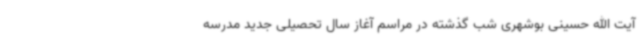
آیت الله حسینی بوشهری شب گذشته در مراسم آغاز سال تحصیلی جدید مدرسه